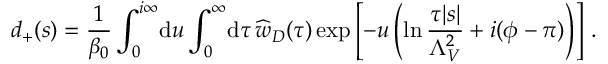
d _ { + } ( s ) = \frac { 1 } { \beta _ { 0 } } \int _ { 0 } ^ { i \infty } \! \mathrm { d } u \int _ { 0 } ^ { \infty } \! \mathrm { d } \tau \, \widehat w _ { D } ( \tau ) \exp \left[ - u \left( \ln \frac { \tau | s | } { \Lambda _ { V } ^ { 2 } } + i ( \phi - \pi ) \right) \right] \, .